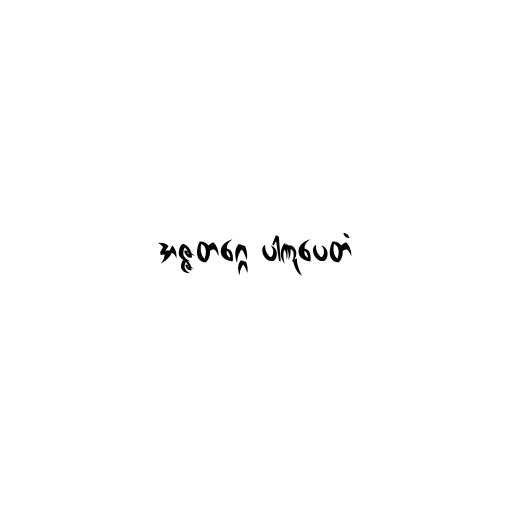
အဇ္ဇတဂ္ဂေ ပါဏုပေတံ